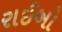
રાઈબો